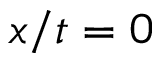
x / t = 0